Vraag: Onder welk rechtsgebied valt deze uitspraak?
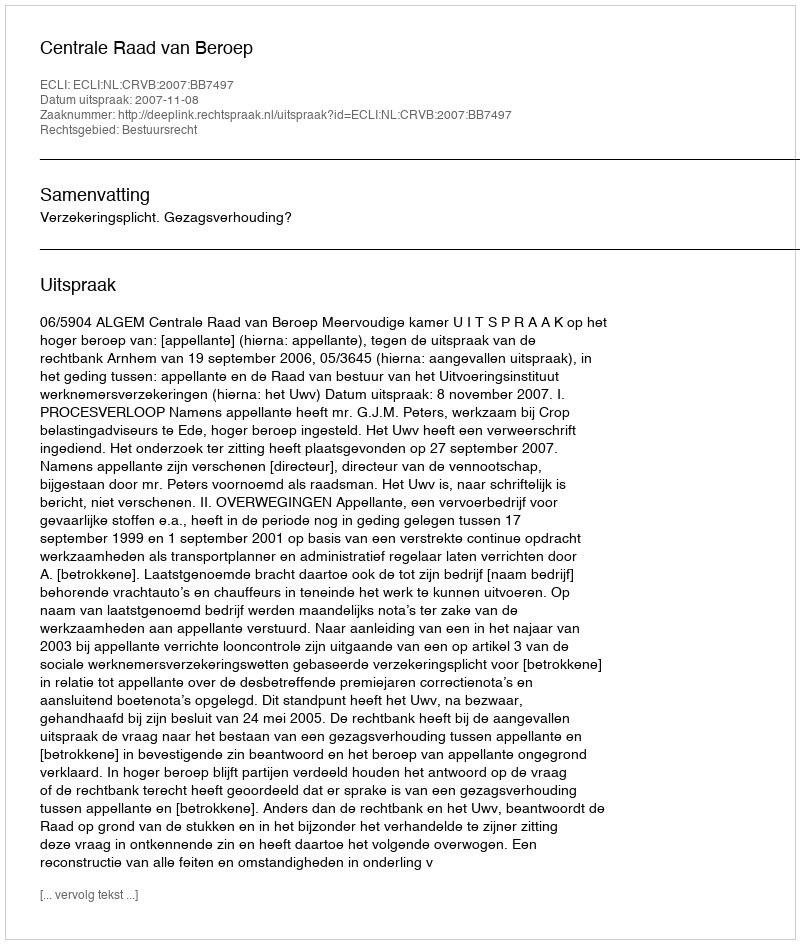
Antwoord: Bestuursrecht